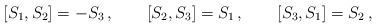
LaTeX: \begin{align*}[S_1,S_2]=-S_3\,,\qquad [S_2,S_3]=S_1\,,\qquad [S_3,S_1]=S_2\,,\end{align*}